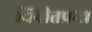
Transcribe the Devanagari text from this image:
विनीतप्रभा